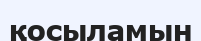
қосыламын